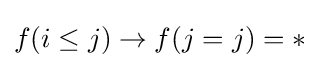
f(i\leq j)\to f(j=j)=*